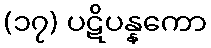
(၁၇) ပဋိပန္နကော